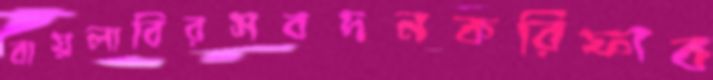
বায়লাবিরসবদনকরিফাব